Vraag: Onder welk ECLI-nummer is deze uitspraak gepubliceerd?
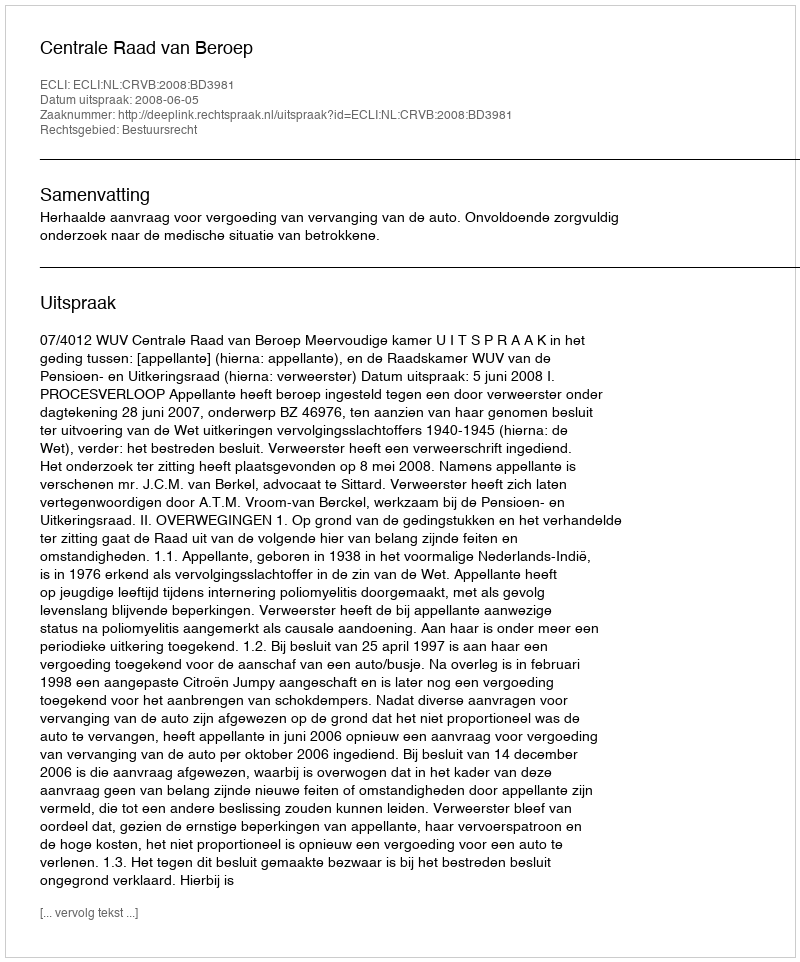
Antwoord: ECLI:NL:CRVB:2008:BD3981